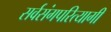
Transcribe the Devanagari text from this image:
सर्वसंगपरित्यागी